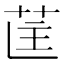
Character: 𮎵